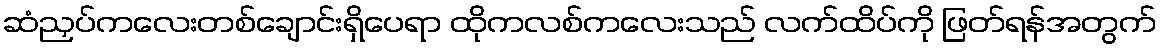
ဆံညှပ်ကလေးတစ်ချောင်းရှိပေရာ ထိုကလစ်ကလေးသည် လက်ထိပ်ကို ဖြတ်ရန်အတွက်